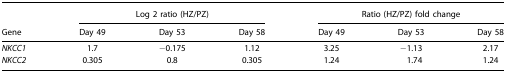
<table><thead><tr><td></td><td colspan="3"><b>Log 2 ratio (HZ/PZ)</b></td><td colspan="3"><b>Ratio (HZ/PZ) fold change</b></td></tr><tr><td><b>Gene</b></td><td><b>Day 49</b></td><td><b>Day 53</b></td><td><b>Day 58</b></td><td><b>Day 49</b></td><td><b>Day 53</b></td><td><b>Day 58</b></td></tr></thead><tbody><tr><td><i>NKCC1</i></td><td>1.7</td><td>−0.175</td><td>1.12</td><td>3.25</td><td>−1.13</td><td>2.17</td></tr><tr><td><i>NKCC2</i></td><td>0.305</td><td>0.8</td><td>0.305</td><td>1.24</td><td>1.74</td><td>1.24</td></tr></tbody></table>